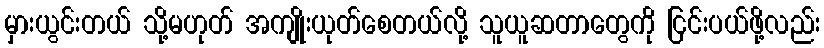
မှားယွင်းတယ် သို့မဟုတ် အကျိုးယုတ်စေတယ်လို့ သူယူဆတာတွေကို ငြင်းပယ်ဖို့လည်း